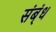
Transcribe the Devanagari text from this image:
संब्ंध